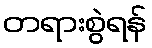
တရားစွဲရန်